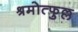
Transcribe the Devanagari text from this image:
श्रमोत्फुल्ल